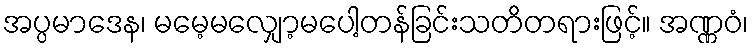
အပ္ပမာဒေန၊ မမေ့မလျှော့မပေါ့တန်ခြင်းသတိတရားဖြင့်။ အဏ္ဏဝံ၊